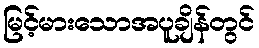
မြင့်မားသောအပူချိန်တွင်